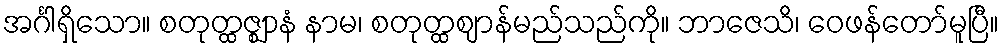
အင်္ဂါရှိသော။ စတုတ္ထဇ္ဈာနံ နာမ၊ စတုတ္ထဈာန်မည်သည်ကို။ ဘာဇေသိ၊ ဝေဖန်တော်မူပြီ။